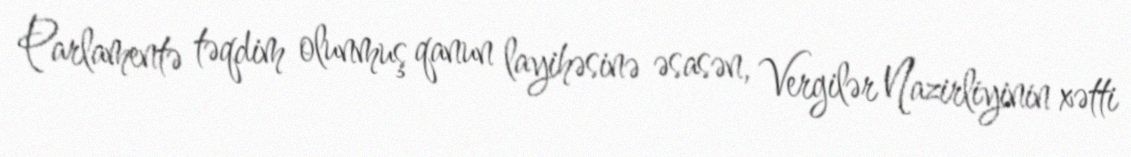
Parlamentə təqdim olunmuş qanun layihəsinə əsasən, Vergilər Nazirliyinin xətti